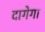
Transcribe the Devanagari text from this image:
दागेगा